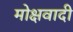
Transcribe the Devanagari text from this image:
मोक्षवादी